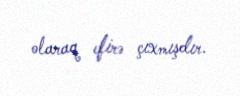
olaraq efirə çıxmışdır.